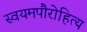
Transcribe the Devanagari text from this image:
स्वयमपौरोहित्य